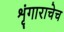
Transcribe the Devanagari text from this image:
शृंगाराचेच